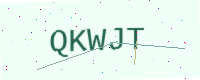
Text: QKWJT